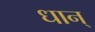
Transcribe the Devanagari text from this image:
धान्